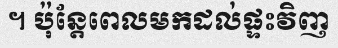
។ ប៉ុន្តែពេលមកដល់ផ្ទះវិញ